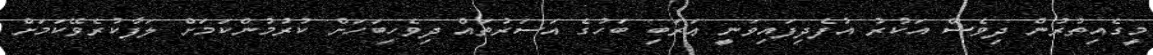
މީގެއިތުރުން ދިވެސް އަކުރު އުފެދިފައިވަނީ ޢަރަބި ބަހުގެ އަސަރުތައް ދިވެހިބަހަށް ކުރުމުންކަމަށް ލަފާކުރެވޭކަމަށް